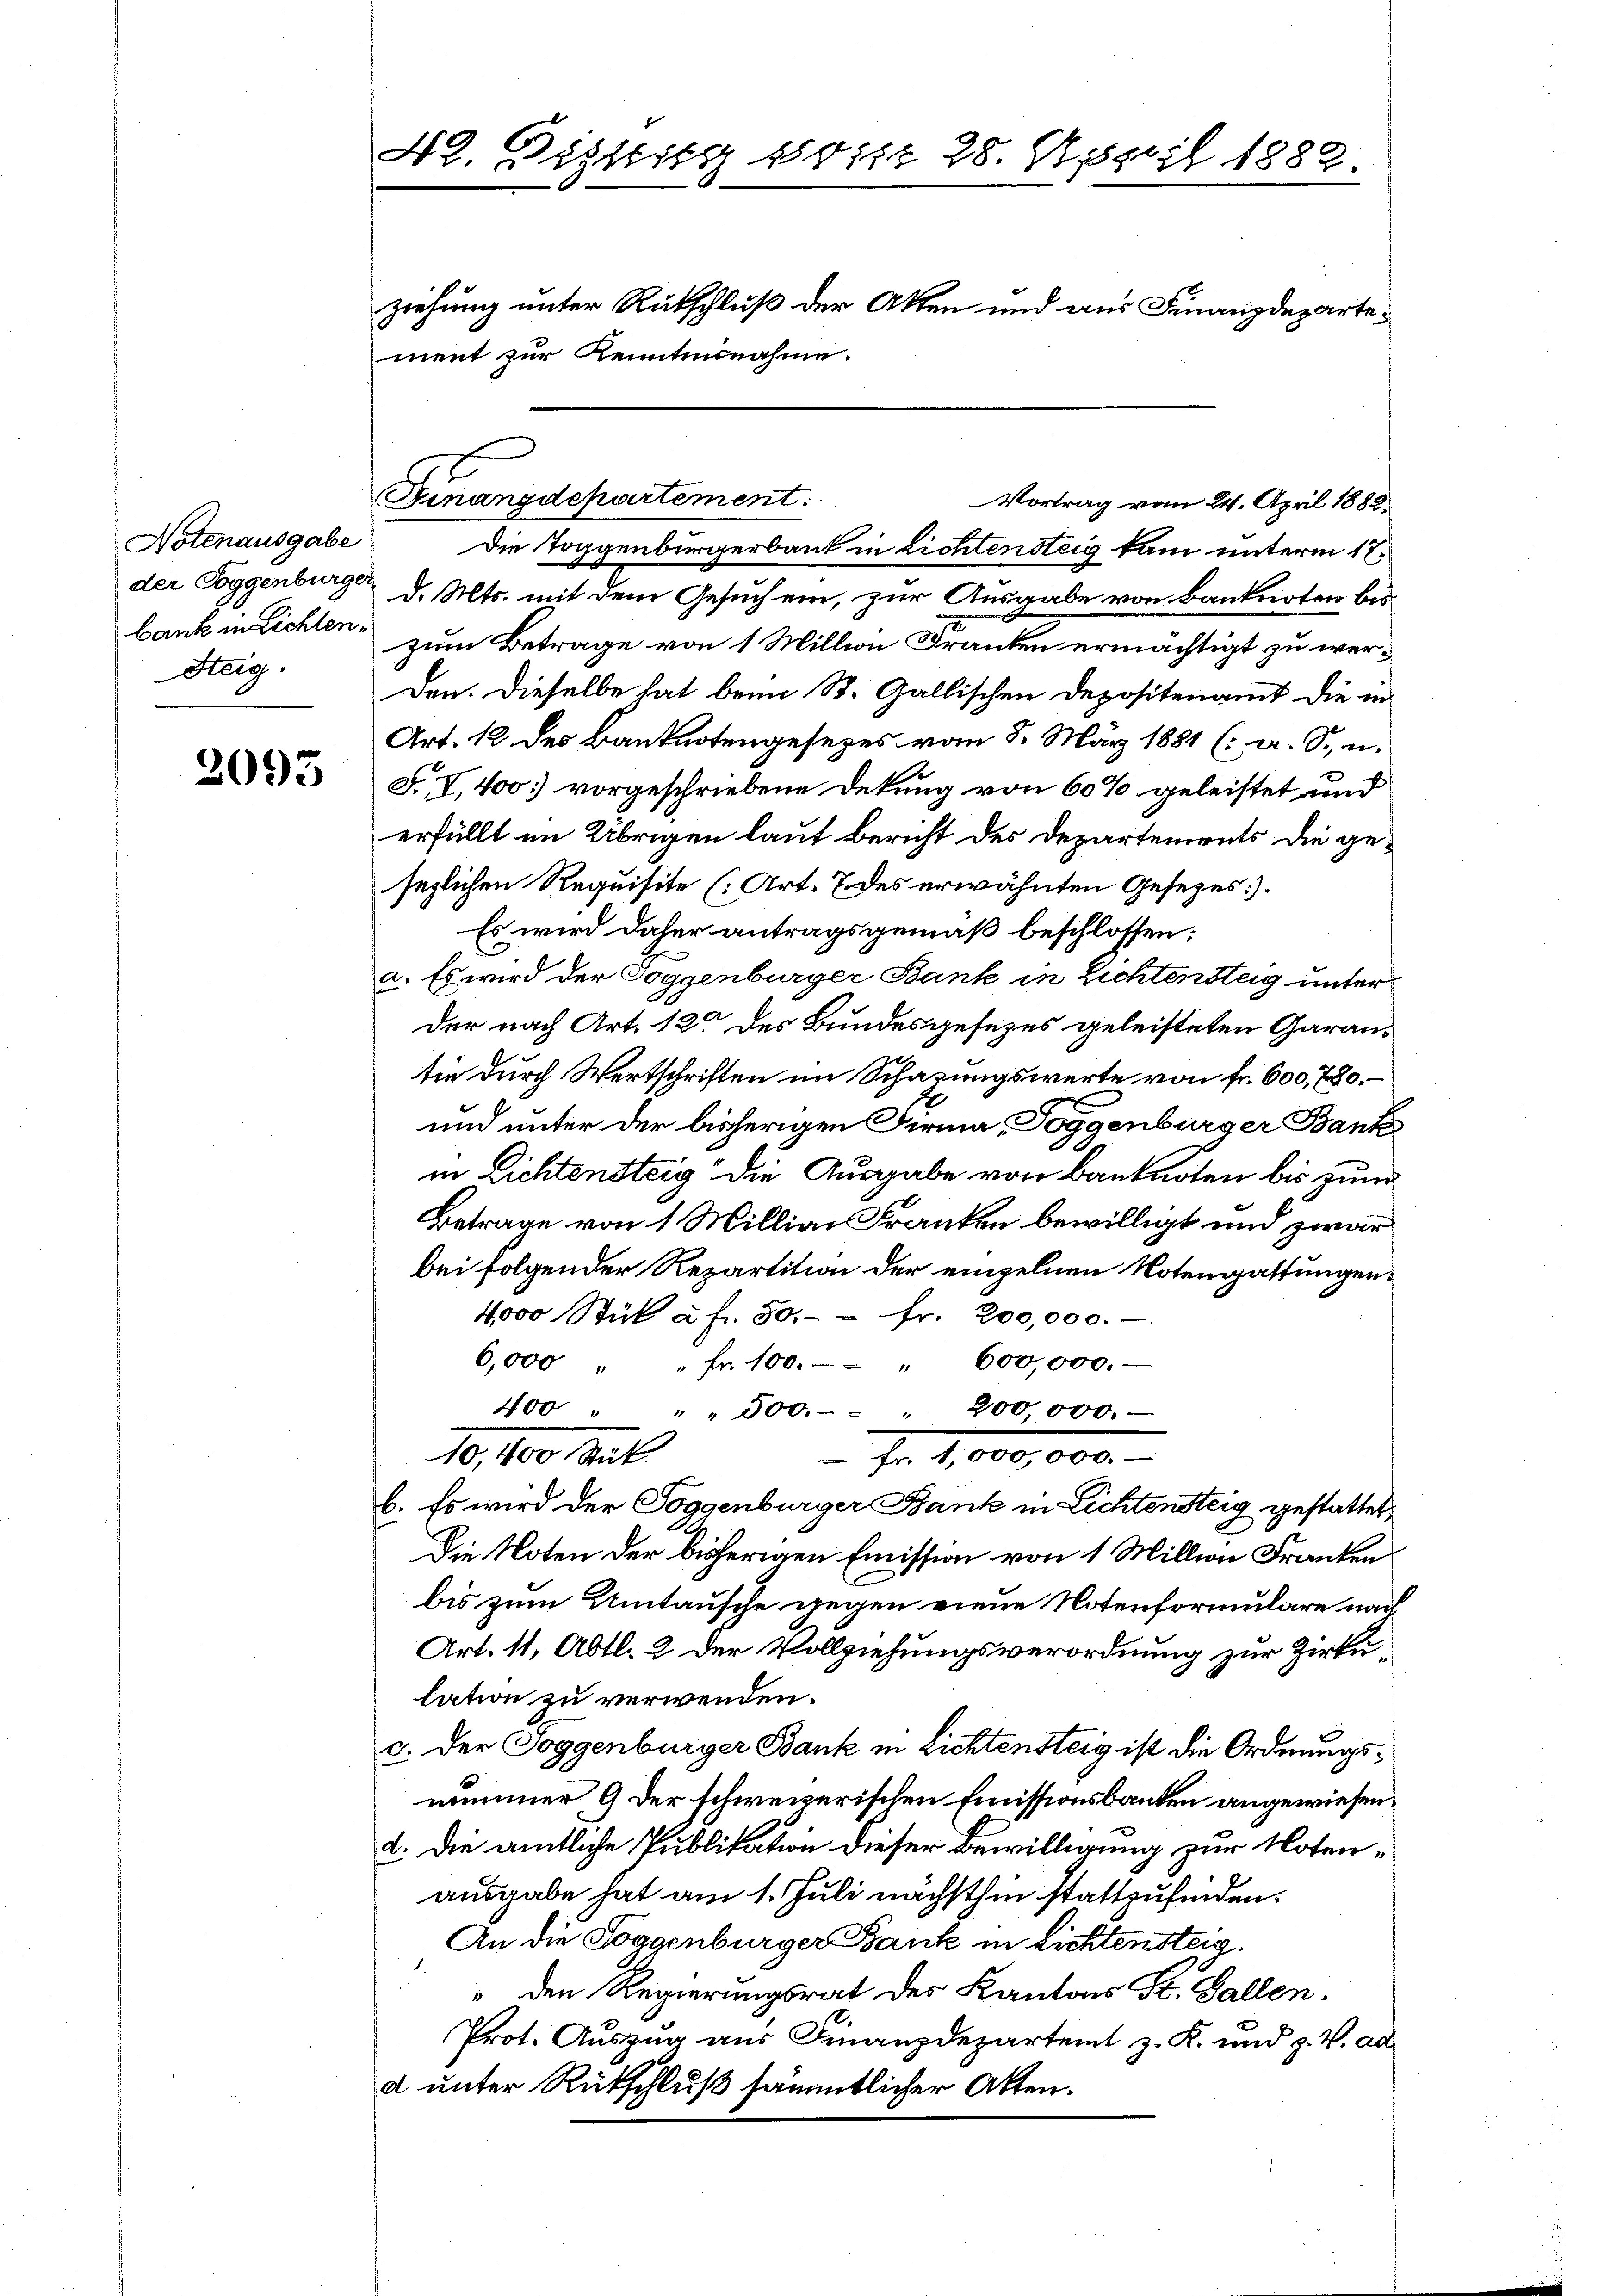
Notenausgabe
der Toggenburge
bank in Lichten.
Steig.

2095

42. Distig 101. 28. April 1882

Finanzdepartement:

ziehung unter Rutschluß der Akten und aus Finanzdepartement zur Kenntnisnahme.

Die Toggenbürgerbank in Lichtensteig kam unterm 17.
d. Mts. mit dem Gesuch ein, zur Ausgabe von Banknoten biszum Betrage von 1 Millin Franken ermächtigt zu werden. Dieselbe hat beim St. Gallischen Depositenamt die in
Art. 12 des Banknotengesezes vom 8. März 1881 (a. S. u.
F., I, 400] vorgeschriebene Dekung von 60% geleistet und
erfüllt im Übrigen laut bericht des Departements die gesezlichen Requisite (Art. 7 des erwähnten Gesezes).
Es wird daher antragsgemäß beschlossen;
a. Es wird der Toggenburger Bank in Lichtensteig unter
Der nach Art. 12 des Bundesgesezes geleisteten Garantie durch Wertschriften im Schazungswerte von fr. 600, 780.
und unter der bisherigen Firma Poggenburger Bankin Lichtensteig die Ausgabe von Banknoten bis zum
Betrage von 1 Millian Franken bewilligt und zwar
bei folgender Repartition der einzelnen Notengattungen
4000 Stück à fr. 50. - - fr. 200,000.
6,000 " " fr. 100. - " 600,000.-
400 " " " 500. 200,000.
 fr. 1,000,000. –
10,100 Art.
b. Es wird der Toggenburger Bank in Lichtensteig gestattet,
Die Noten der bisherigen Emission von 1 Million Franken
bis zum Umtausche gegen eine Notenformulare nach
Art. 11, Abtl. 2 der Vollziehungsverordnung zur Zirklation zu verwenden.
c. der Toggenburger Bank in Lichtensteig ist die Ordnungsnimmer 9 der schweizerischen Emissionsbanken angewiesen.
2. Die amtliche Publikation dieser Bewilligung zur Notenausgabe hat am 1. Juli nächsthin stattzufinden.
An die Soggenburger Bank in Lichtensteig.
" den Regierungsrat der Kantons St. Gallen.
Prot. Auszug aus Finanzdepartemt z. K. und z. V. ad
a unter Rütschluß sämmtlicher Akten.

Vortrag vom 24. April 1882